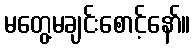
မတွေ့မချင်းစောင့်နော်။